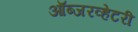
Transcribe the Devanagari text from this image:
ऑब्जरव्हेटरी